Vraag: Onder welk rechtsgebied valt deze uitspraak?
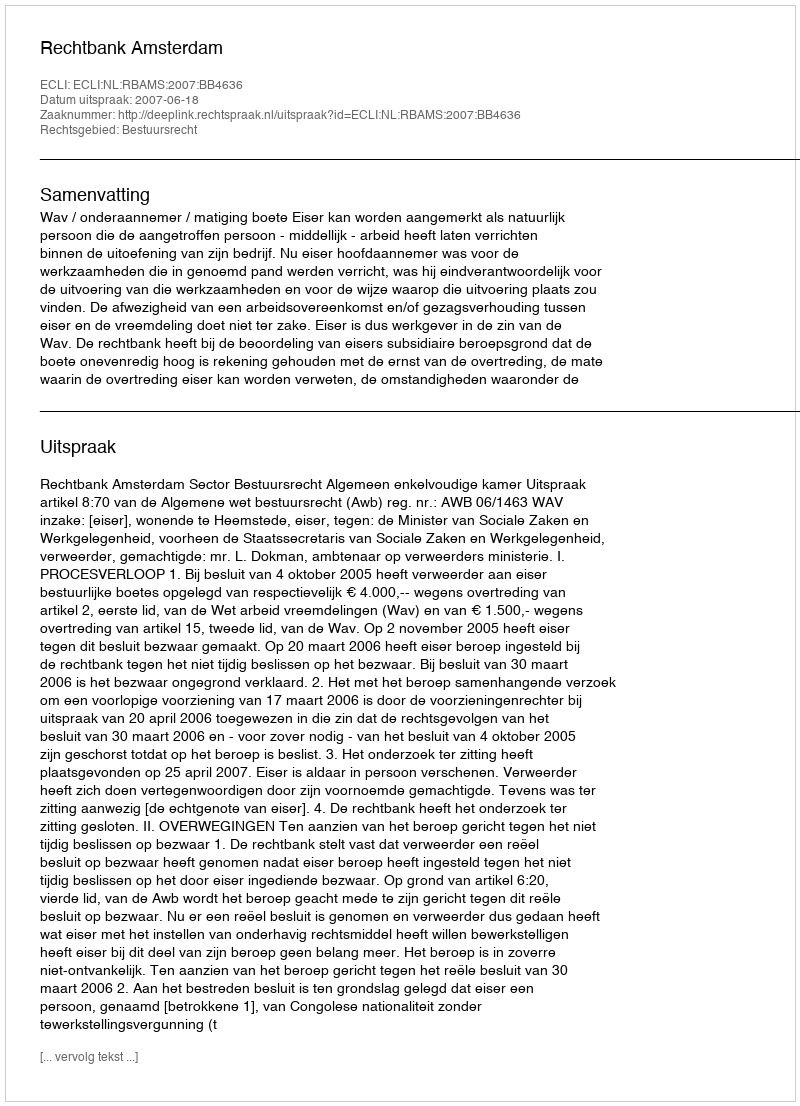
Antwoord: Bestuursrecht